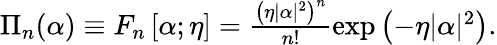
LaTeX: \begin{array}{r}{\Pi_{n}(\alpha)\equiv F_{n}\left[\alpha;\eta\right]=\frac{\left(\eta|\alpha|^{2}\right)^{n}}{n!}\exp\left(-\eta|\alpha|^{2}\right).}\end{array}